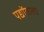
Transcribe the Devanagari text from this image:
पद्योंवाला